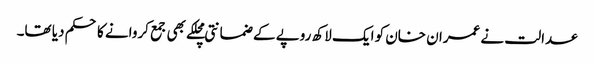
عدالت نے عمران خان کو ایک لاکھ روپے کے ضمانتی مچلکے بھی جمع کروانے کا حکم دیا تھا۔